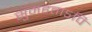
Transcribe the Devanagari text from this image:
सुमहताऽपि